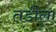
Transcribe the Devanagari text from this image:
तडीला